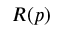
R ( p )